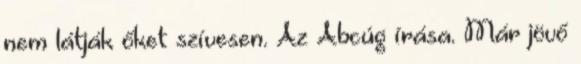
nem látják őket szívesen. Az Abcúg írása. Már jövő